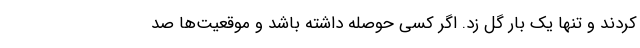
کردند و تنها یک بار گل زد. اگر کسی حوصله داشته باشد و موقعیت‌ها صد